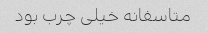
متاسفانه خیلی چرب بود